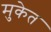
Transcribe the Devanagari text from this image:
मुकेत